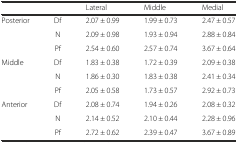
|  |  | Lateral | Middle | Medial |
 | --- | --- | --- | --- | --- |
 | <ROWSPAN=3> Posterior | Df | 2.07 ± 0.99 | 1.99 ± 0.73 | 2.47 ± 0.57 |
 | N | 2.09 ± 0.98 | 1.93 ± 0.94 | 2.88 ± 0.84 |
 | Pf | 2.54 ± 0.60 | 2.57 ± 0.74 | 3.67 ± 0.64 |
 | <ROWSPAN=3> Middle | Df | 1.83 ± 0.38 | 1.72 ± 0.39 | 2.09 ± 0.38 |
 | N | 1.86 ± 0.30 | 1.83 ± 0.38 | 2.41 ± 0.34 |
 | Pf | 2.05 ± 0.58 | 1.73 ± 0.57 | 2.92 ± 0.73 |
 | <ROWSPAN=3> Anterior | Df | 2.08 ± 0.74 | 1.94 ± 0.26 | 2.08 ± 0.32 |
 | N | 2.14 ± 0.52 | 2.10 ± 0.44 | 2.28 ± 0.96 |
 | Pf | 2.72 ± 0.62 | 2.39 ± 0.47 | 3.67 ± 0.89 |